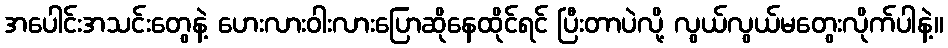
အပေါင်းအသင်းတွေနဲ့ ဟေးလားဝါးလားပြောဆိုနေထိုင်ရင် ပြီးတာပဲလို့ လွယ်လွယ်မတွေးလိုက်ပါနဲ့။